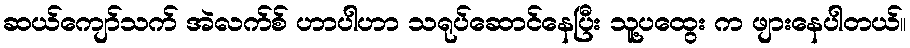
ဆယ်ကျော်သက် အဲလက်စ် ဟာပါဟာ သရုပ်ဆောင်နေပြီး သူ့ပထွေး က ဖျားနေပါတယ်။